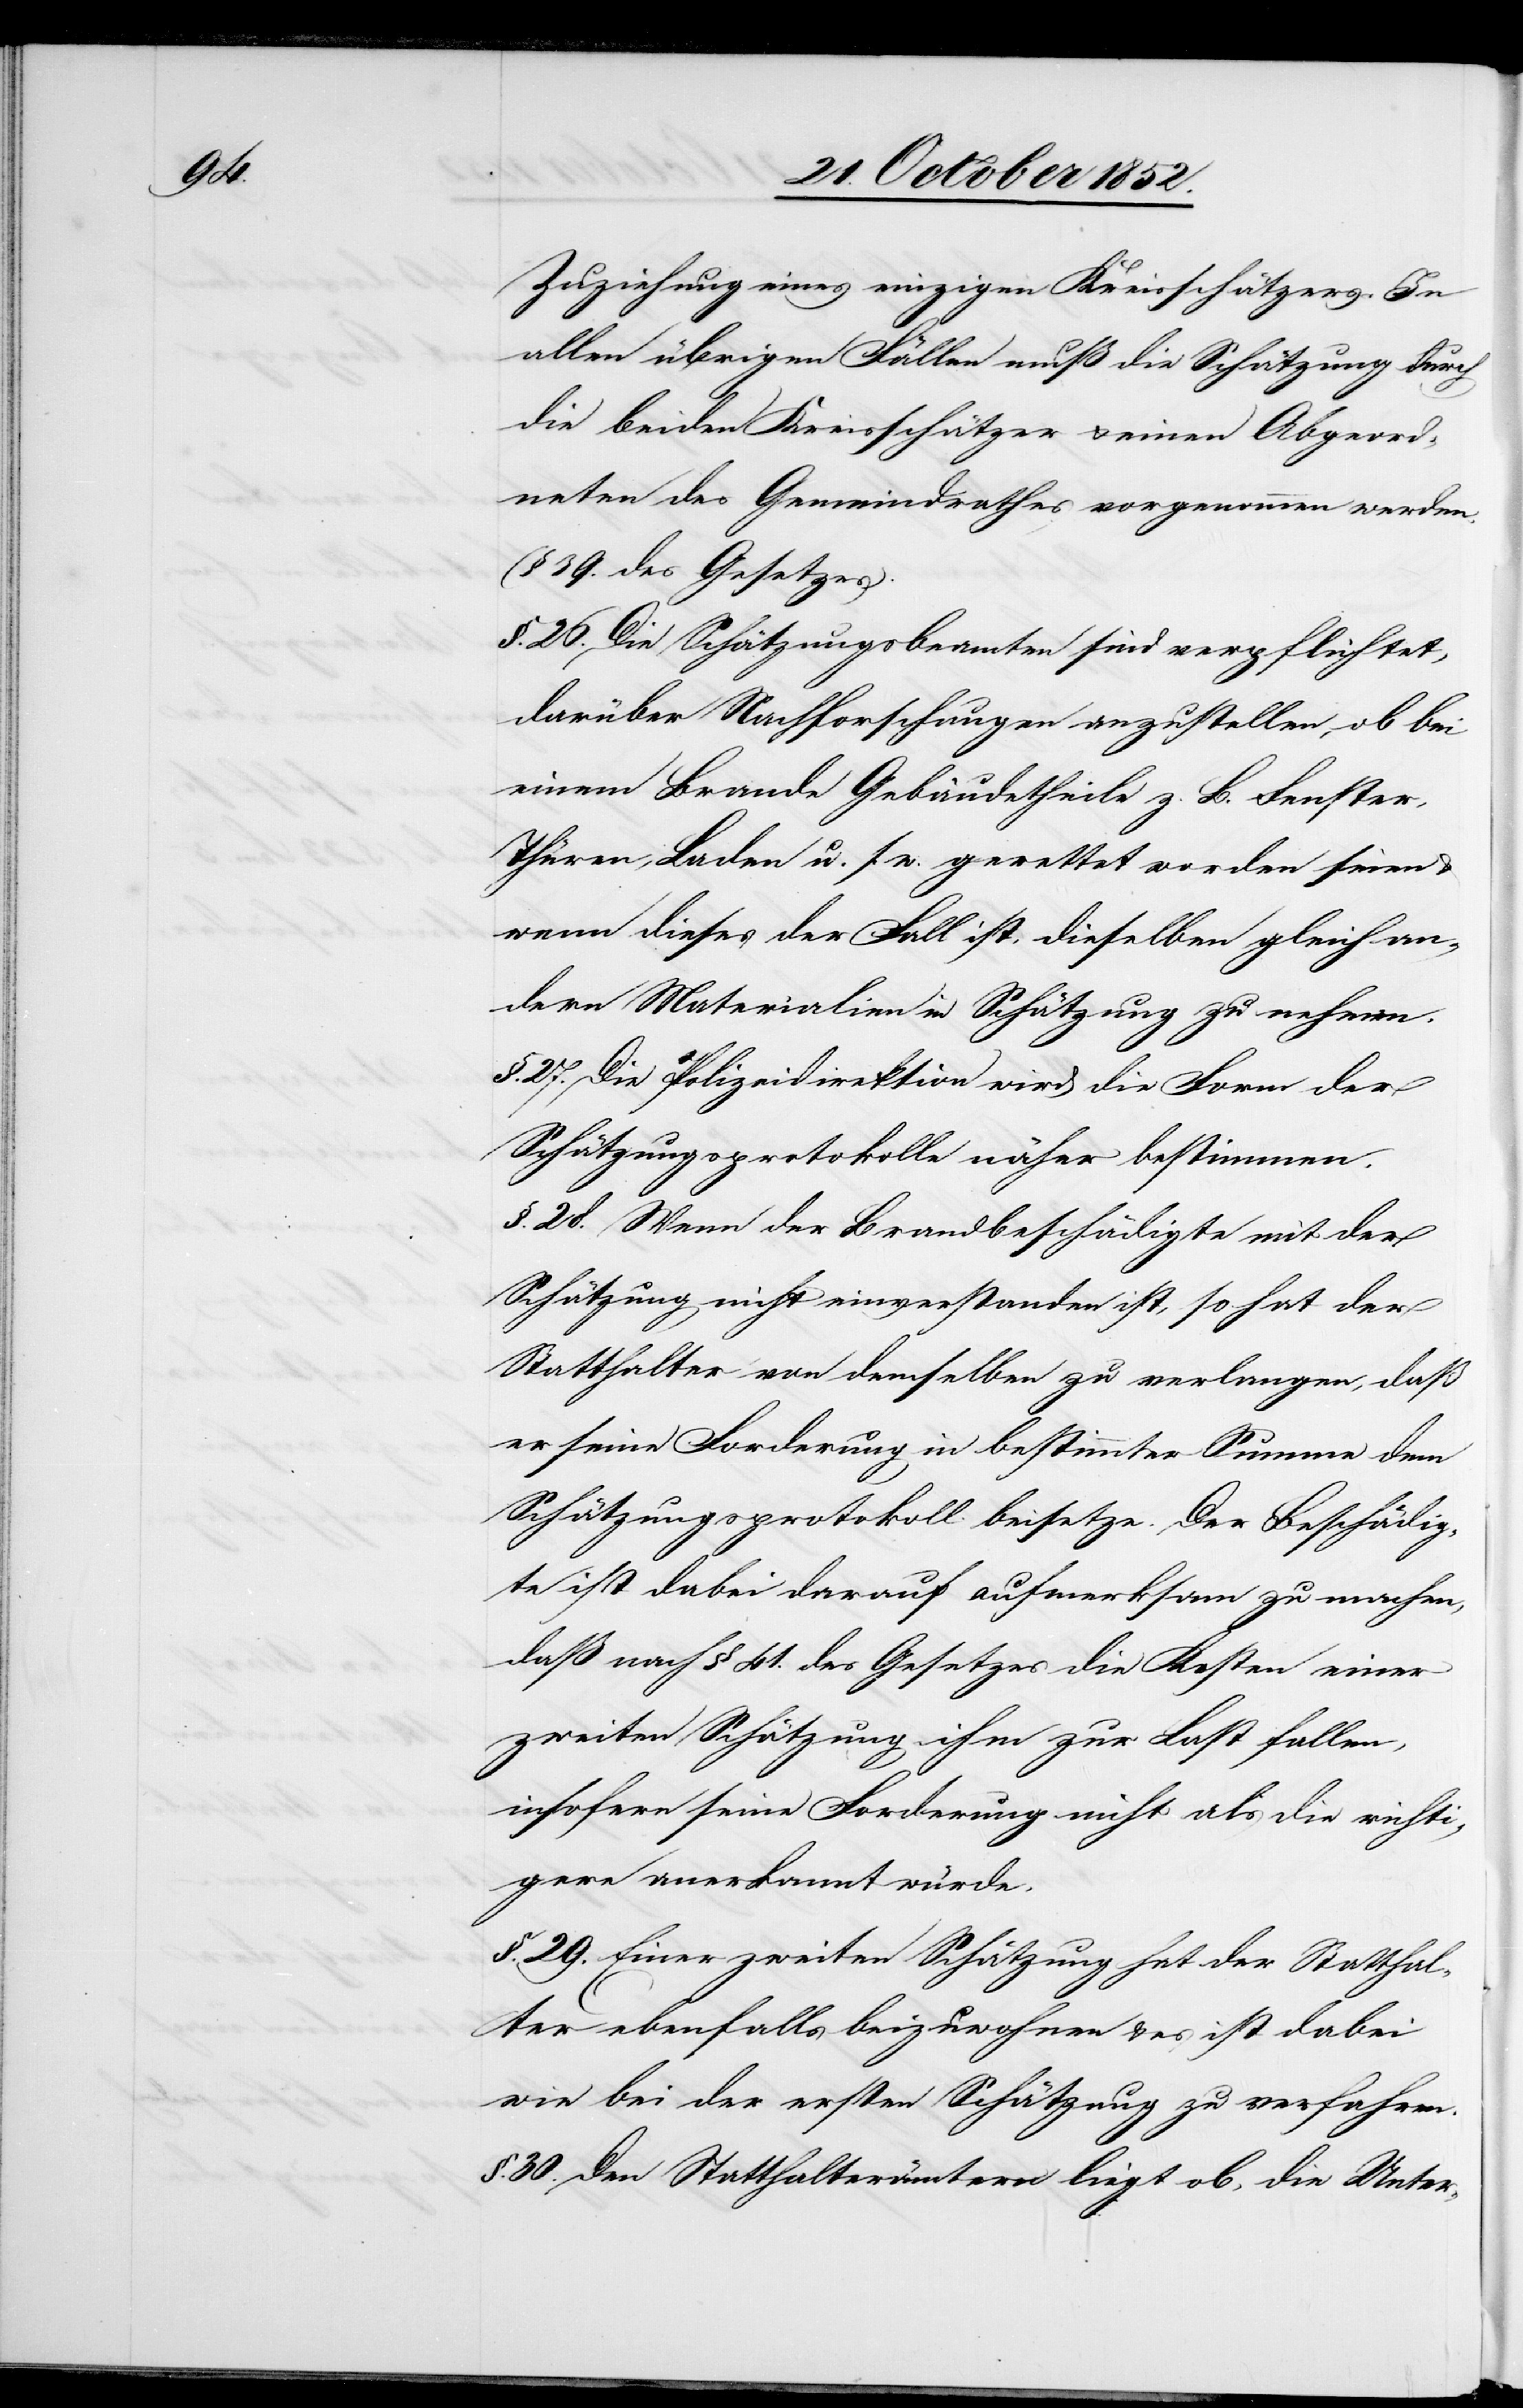
Zuziehung eines einzigen Kreisschätzers. In
allen übrigen Fällen muß die Schätzung durch
die beiden Kreisschätzer & einen Abgeord¬
neten des Gemeindrathes vorgenommen werden.
[?3]9. des Gesetzes).
§. 26. Die Schätzungsbeamten sind verpflichtet,
darüber Nachforschungen anzustellen, ob bei
einem Brande Gebäudetheile z. B. Fenster,
Thüren, Laden u. s. w. gerettet worden seien
wenn dieses der Fall ist, dieselben gleich an¬
dern Materialien in Schätzung zu nehmen.
§. 27. Die Polizeidirektion wird die Form der
Schätzungsprotokolle näher bestimmen.
§. 28. Wenn der Brandbeschädigte mit der
Schätzung nicht einverstanden ist, so hat der
Statthalter von demselben zu verlangen, daß
er seine Forderung in bestimmter Summe dem
Schätzungsprotokoll beisetze. Der Beschädig¬
te ist dabei darauf aufmerksam zu machen,
daß nach § 41. des Gesetzes die Kosten einer
zweiten Schätzung ihm zur Last fallen,
insofern seine Forderung nicht als die richti¬
gere anerkannt würde.
§. 29. Einer zweiten Schätzung hat der Statthal¬
ter ebenfalls beizuwohnen & es ist dabei
wie bei der ersten Schätzung zu verfahren.
§. 30. Den Statthalterämtern liegt ob, die Unter-